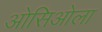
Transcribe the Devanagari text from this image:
ओसिओला